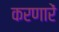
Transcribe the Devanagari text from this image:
करणारें